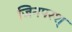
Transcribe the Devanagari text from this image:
जिनपरश्